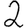
Digit: 2